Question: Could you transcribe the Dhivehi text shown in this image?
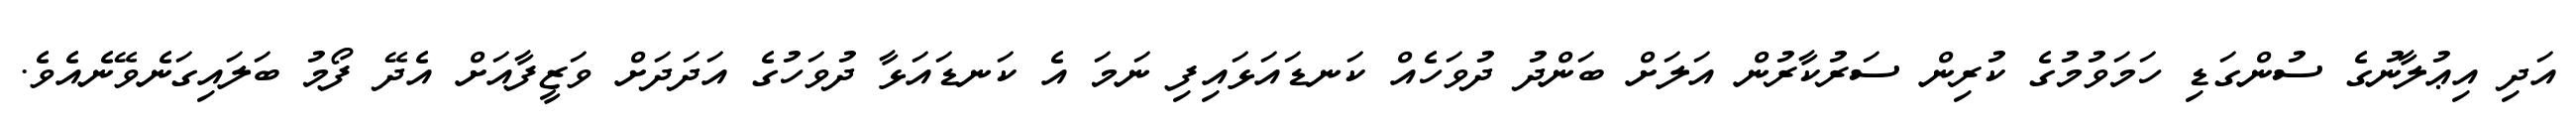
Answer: އަދި އިޢުލާނުގެ ސުންގަޑި ހަމަވުމުގެ ކުރިން ސަރުކާރުން އަލަށް ބަންދު ދުވަހެއް ކަނޑައަޅައިފި ނަމަ އެ ކަނޑައަޅާ ދުވަހުގެ އަދަދަށް ވަޒީފާއަށް އެދޭ ފޯމު ބަލައިގަނެވޭނެއެވެ.